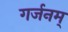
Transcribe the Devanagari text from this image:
गर्जनम्‌